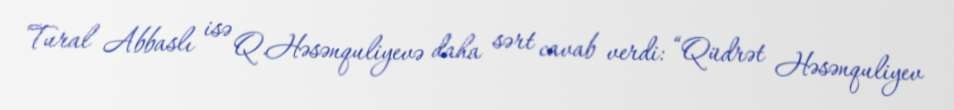
Tural Abbaslı isə Q.Həsənquliyevə daha sərt cavab verdi: “Qüdrət Həsənquliyev